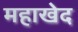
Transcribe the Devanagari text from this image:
महाखेद